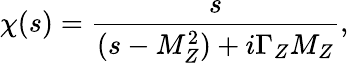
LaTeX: \chi(s)={\frac{s}{(s-M_{Z}^{2})+i\Gamma_{Z}M_{Z}}},